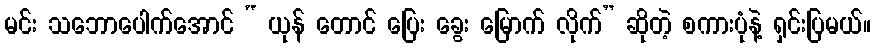
မင်း သဘောပေါက်အောင် “ ယုန် တောင် ပြေး ခွေး မြောက် လိုက်” ဆိုတဲ့ စကားပုံနဲ့ ရှင်းပြမယ်။